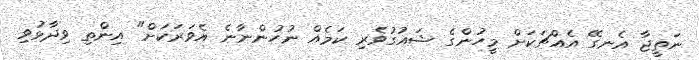
ނަތީޖާ އެނގޭ އެއްޗަކަށް މީހުންގެ ޝައުގުވެރި ކަމެއް ނުހުންނާނެ އެވަރަކަށް" އިންތި ވިދާޅުވި